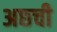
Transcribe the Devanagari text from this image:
अछ्ची